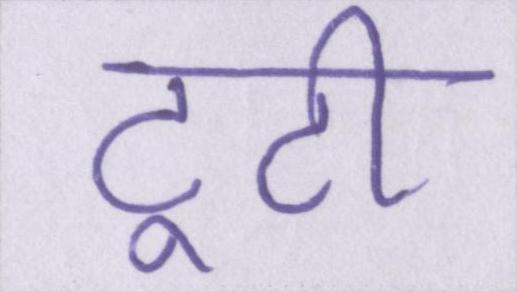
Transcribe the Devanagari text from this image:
टूटी